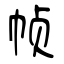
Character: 帧